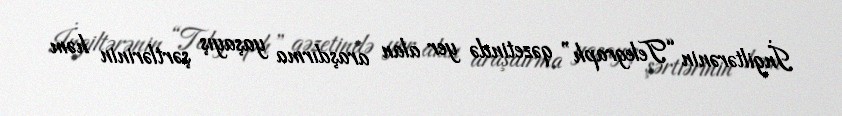
İngiltərənin “Telegraph” qəzetində yer alan araşdırma yaşayış şərtlərinin həm